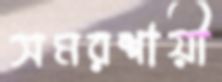
সমরশায়ী